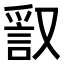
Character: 𧧞